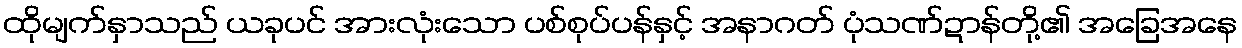
ထိုမျက်နှာသည် ယခုပင် အားလုံးသော ပစ်စုပ်ပန်နှင့် အနာဂတ် ပုံသဏ်ဍာန်တို့၏ အခြေအနေ